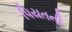
પિયતની